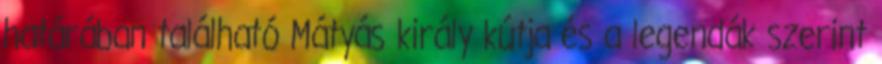
határában található Mátyás király kútja és a legendák szerint